EELK_Paldiski_kogudus, lk 43
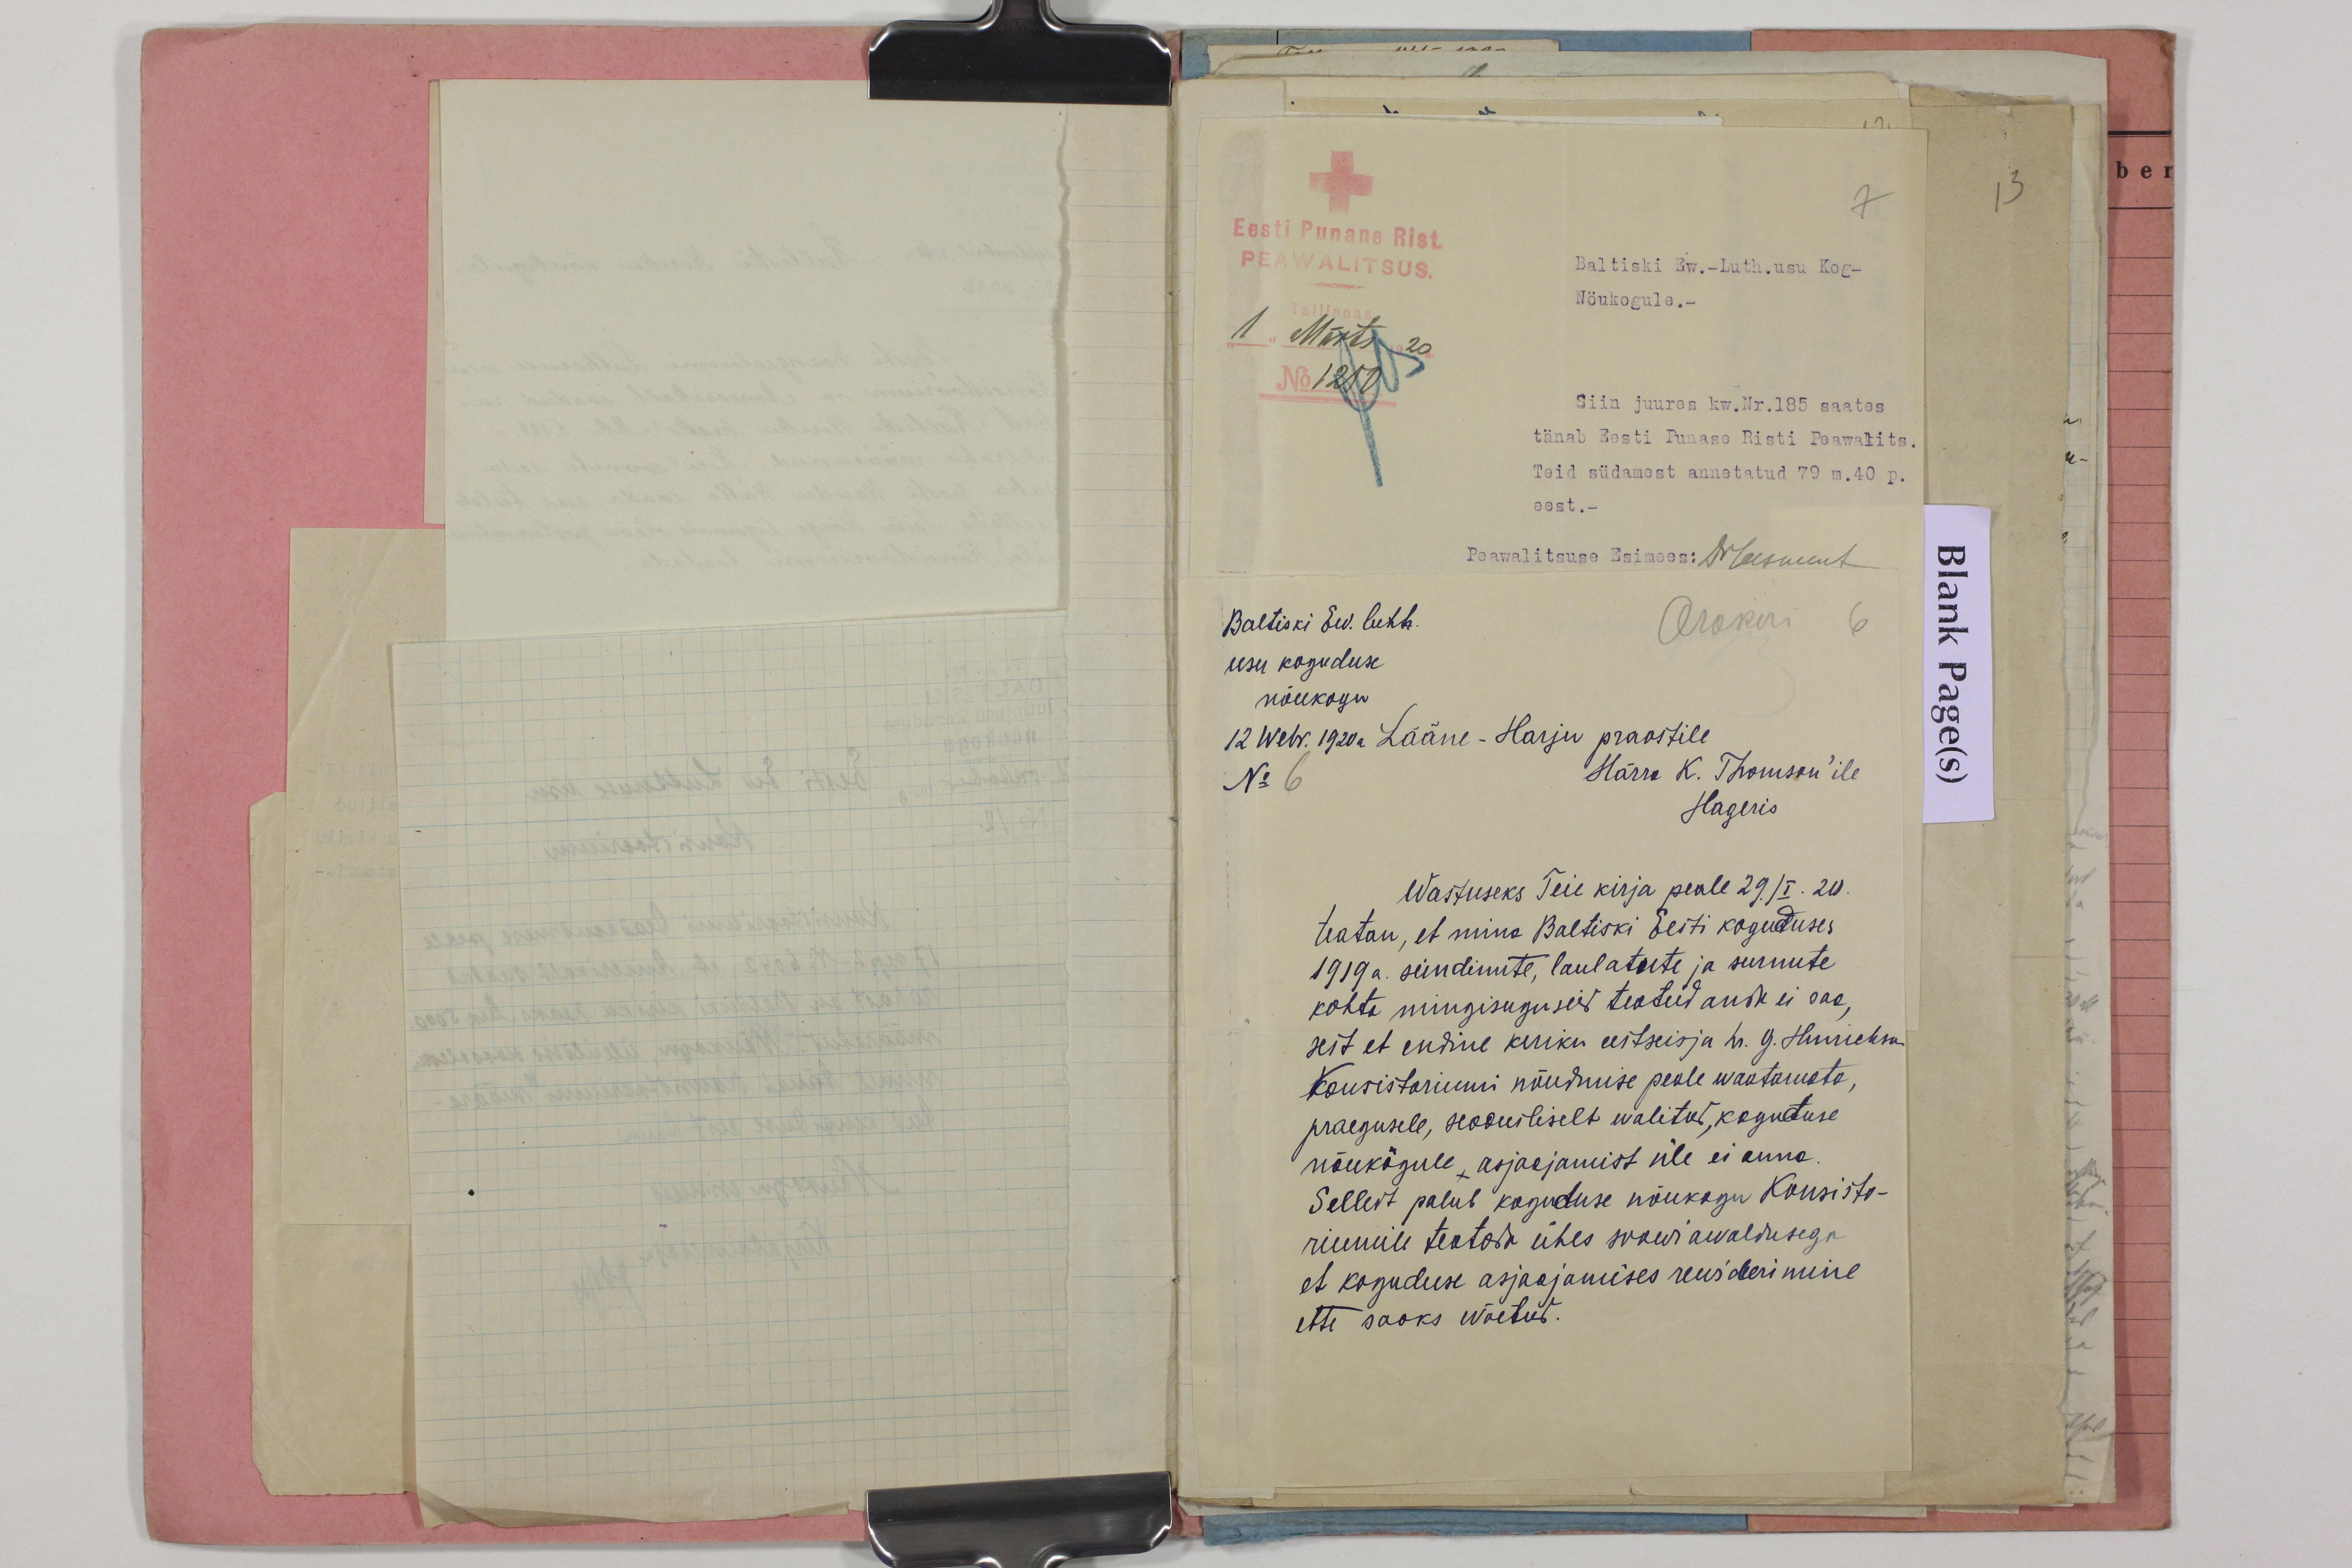
7
Eesti Punane Rist
PEAWALTSUS.
Baltiski Ew.-Luth.usu Kog-
Nöukogule.-
1
Siin juures kw.Nr.185 saates
tänab Eesti Punase Risti Peawalits.
Teid südamest annetatud 79 m. 40 p.
eest.
Peawalitsuse Esimees: Neesment
Baltiski Ev. luth.
Arakiri 6
usu koguduse
nõukogu
12 Webr. 1920a. Lääne - Harju praostile
No 6
Härra K. Thomson'ile
Hageris
Wastuseks Teie kirja peale 29/I. 20.
teatan, et mina Baltiski Eesti koguduses
1919 a. sündimiste, laulatuste ja surnute
kohta mingisuguseid teateid anda ei saa,
sest et endine kiriku eestseisja hr. G. Henrichson
Konsistoriumi nõudmise peale waatamata
praegusele, seooniliselt walitud, kogutuse
nõukõgule asjaajamist üle ei anna,
Sellest palub koguduse nõukogu Konsisto-
riumile teatada ühes soowi awaldusega
et koguduse asjaajamises rewideerimine.
ette saoks wõetud.